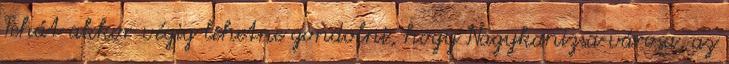
Tehát akkor végig lehetne gondolni, hogy Nagykanizsa városa, az